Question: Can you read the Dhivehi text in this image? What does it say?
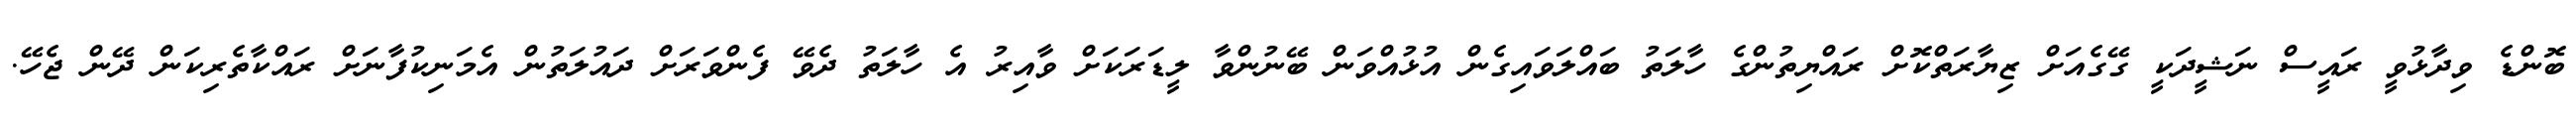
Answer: ބޮންޑެ ވިދާޅުވީ ރައީސް ނަޝީދަކީ ގޭގެއަށް ޒިޔާރަތްކޮށް ރައްޔިތުންގެ ހާލަތު ބައްލަވައިގެން އުޅުއްވަން ބޭނުންވާ ލީޑަރަކަށް ވާއިރު އެ ހާލަތު ދެވޭ ފެންވަރަށް ދައުލަތުން އެމަނިކުފާނަށް ރައްކާތެރިކަން ދޭން ޖެހޭ.